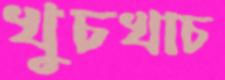
খুচখাচ